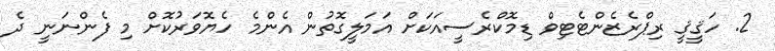
2. ހަޤީޤީ ރިޕްރެޒެންޓެޓިވް ޑިމޮކްރެސީއަކަށް އަމަލީގޮތުން އެންމެ ހެޔޮވަރުކޮށް މި ފެންނަނީ ދެ